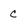
Character: c